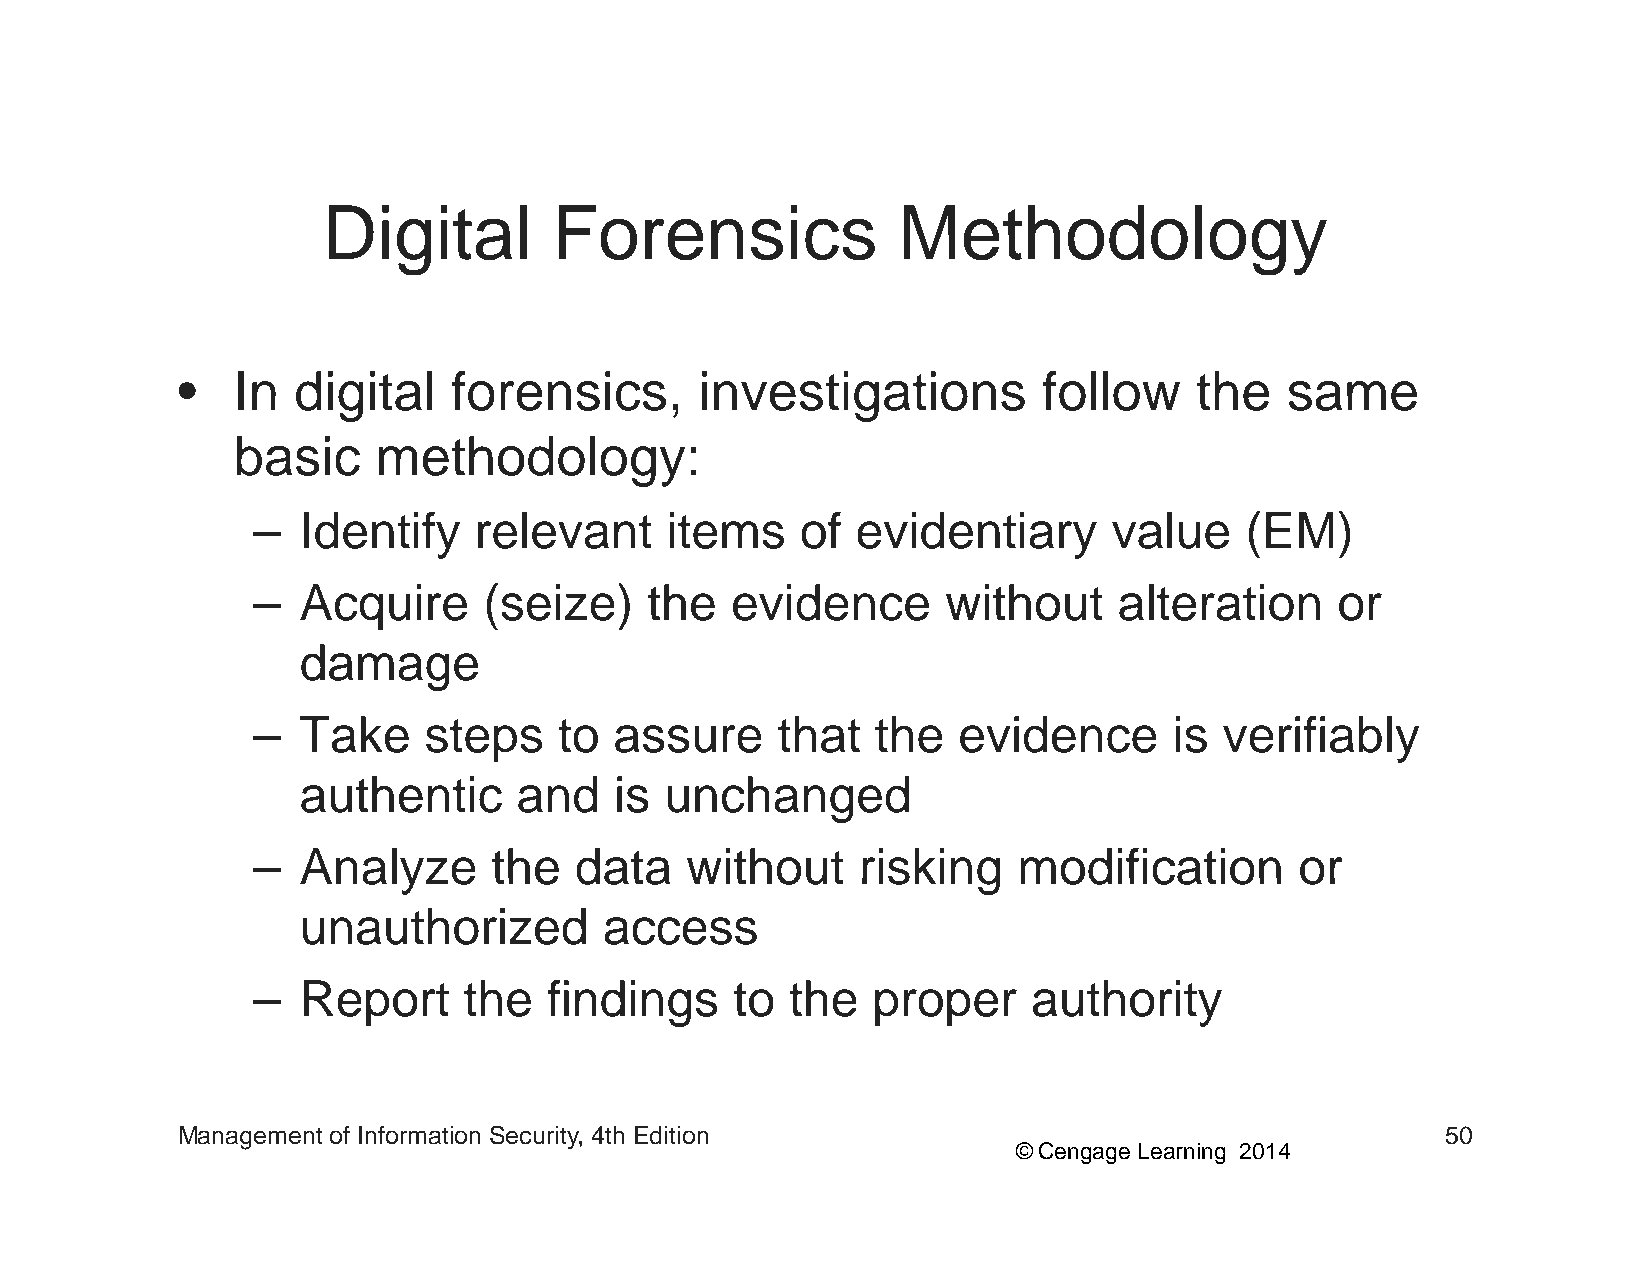
DDiiggiittaall  FFoorreennssiiccss    MMeetthhooddoollooggyy
 •• IInn ddiiggiittaall ffoorreennssiiccss, iinnvveessttiiggaattiioonnss ffoollllooww tthhee ssaammee
 basic     methodology:
 –  Identifyy  relevant     items    of  evidentiaryy     value   ((EM))
 –  Acquire     (seize)    the  evidence       without    alteration    or
 damage
 –  TTakke  stteps   tto assure    tthhatt tthhe eviiddence   iis veriiffiiabblly
 authentic     and    is unchanged
 –  AAnnaallyyzzee tthhee ddaattaa wwiitthhoouutt rriisskkiinngg mmooddiiffiiccaattiioonn oorr
 unauthorized        access
 –  Report     the  findings     to the   proper    authority
 Management of Information Security, 4th Edition                                     50
 © Cengage Learning 2014